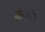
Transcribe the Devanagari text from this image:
कॅनल